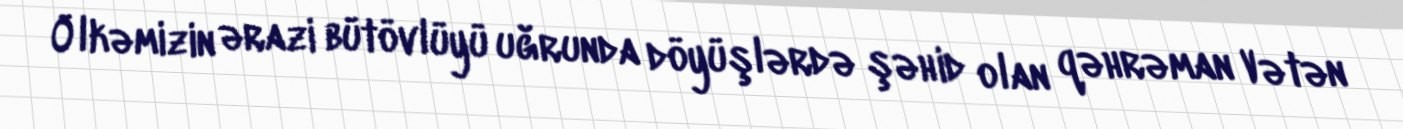
Ölkəmizin ərazi bütövlüyü uğrunda döyüşlərdə şəhid olan qəhrəman Vətən